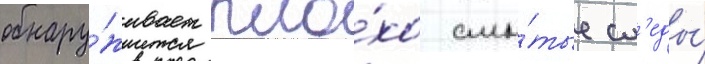
обнару́живает пло́хо смы́тые сл'еды́